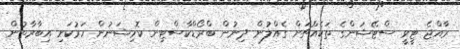
ރާއްޖެ ޓީވީ ސްޓޭޝަންގެ ތަކެއްޗަށް ގެއްލުން ދިނުން ބްރޯޑްކާސްޓިން ކޮމިޝަނުން ހަރުކަށި އިބާރާތުން